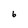
Character: 6